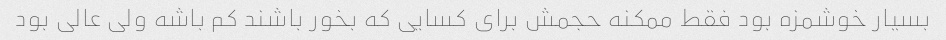
بسیار خوشمزه بود فقط ممکنه حجمش برای کسایی که بخور باشند کم باشه ولی عالی بود